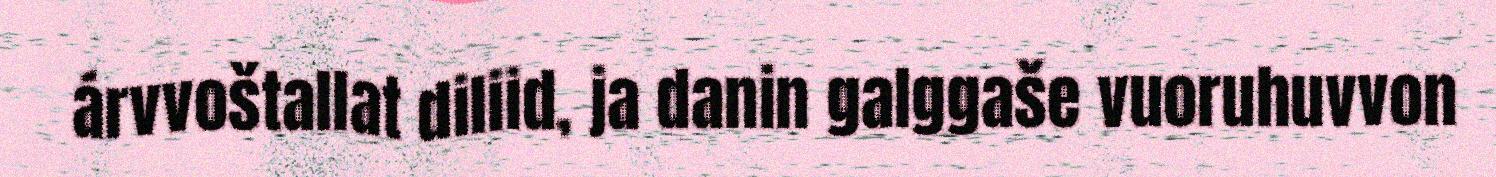
árvvoštallat diliid, ja danin galggaše vuoruhuvvon